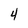
Character: 4